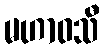
မဟာဝသီ